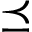
\preceq